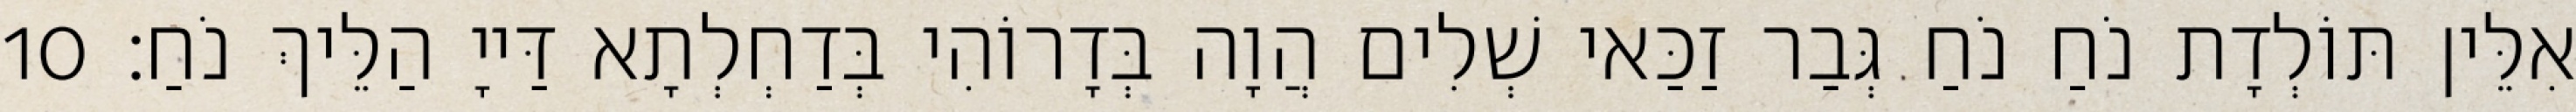
אִלֵּין תּוֹלְדָת נֹחַ נֹחַ גְּבַר זַכַּאי שְׁלִים הֲוָה בְּדָרוֹהִי בְּדַחְלְתָא דַּייָ הַלֵּיךְ נֹחַ׃ 10